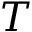
T